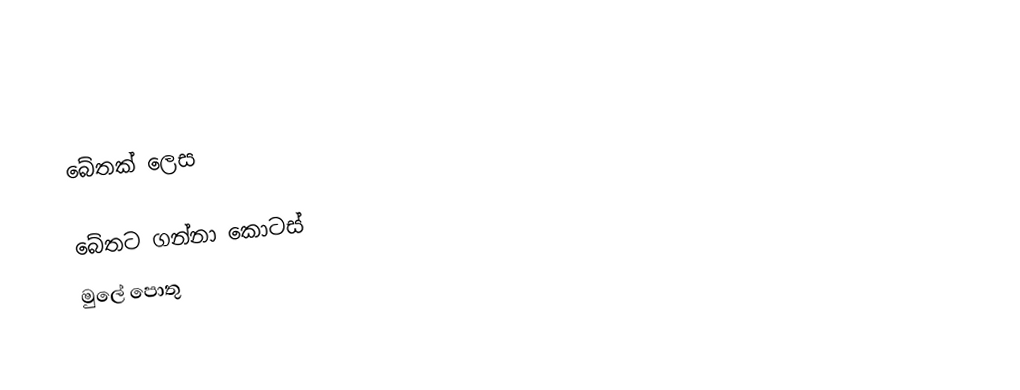

බේතක් ලෙස

බේතට ගන්නා කොටස්
 මුලේ පොතු